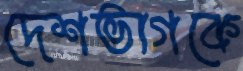
দেশভাগকে